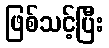
ဖြစ်သင့်ပြီး